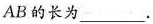
AB的长为___。